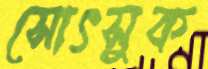
সোৎসুক